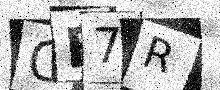
Text: CE7R